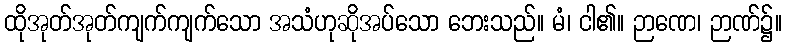
ထိုအုတ်အုတ်ကျက်ကျက်သော အသံဟုဆိုအပ်သော ဘေးသည်။ မံ၊ ငါ၏။ ဉာဏေ၊ ဉာဏ်၌။